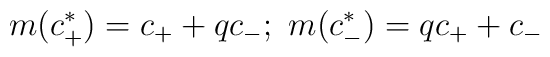
m(c^*_+)=c_++qc_-;\ m(c^*_-)=qc_++c_-